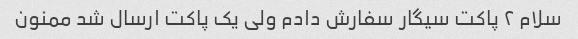
سلام ۲ پاکت سیگار سفارش دادم ولی یک پاکت ارسال شد ممنون